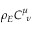
\rho _ { E } { \cal C } _ { { \, \, \, \nu } } ^ { \mu }